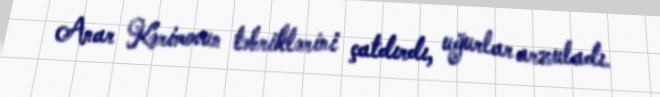
Anar Kərimovun təbriklərini çatdırdı, uğurlar arzuladı.